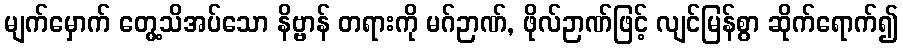
မျက်မှောက် တွေ့သိအပ်သော နိဗ္ဗာန် တရားကို မဂ်ဉာဏ်, ဖိုလ်ဉာဏ်ဖြင့် လျင်မြန်စွာ ဆိုက်ရောက်၍